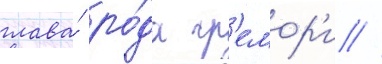
глава́ ро́да гр'емор'и //